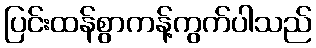
ပြင်းထန်စွာကန့်ကွက်ပါသည်